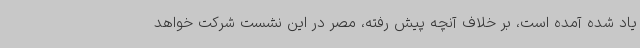
یاد شده آمده است، بر خلاف آنچه پیش رفته، مصر در این نشست شرکت خواهد